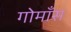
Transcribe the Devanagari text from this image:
गोमाँस